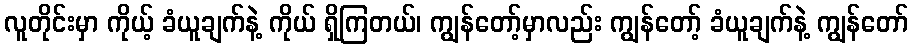
လူတိုင်းမှာ ကိုယ့် ခံယူချက်နဲ့ ကိုယ် ရှိကြတယ်၊ ကျွန်တော့်မှာလည်း ကျွန်တော့် ခံယူချက်နဲ့ ကျွန်တော်